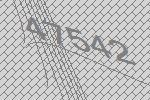
47542